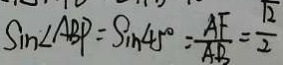
\sin \angle A B P = \sin 4 5 ^ { \circ } = \frac { A F } { A B } = \frac { \sqrt { 2 } } { 2 }